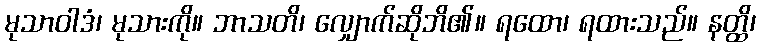
မုသာဝါဒံ၊ မုသားကို။ ဘာသတိ၊ လျှောက်ဆိုဘိ၏။ ရထော၊ ရထားသည်။ နတ္ထိ၊